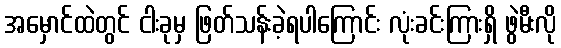
အမှောင်ထဲတွင် ငါးခုမှ ဖြတ်သန်းခဲ့ရပါကြောင်း လုံးခင်းကြားရှိ ဖွဲမီးလို